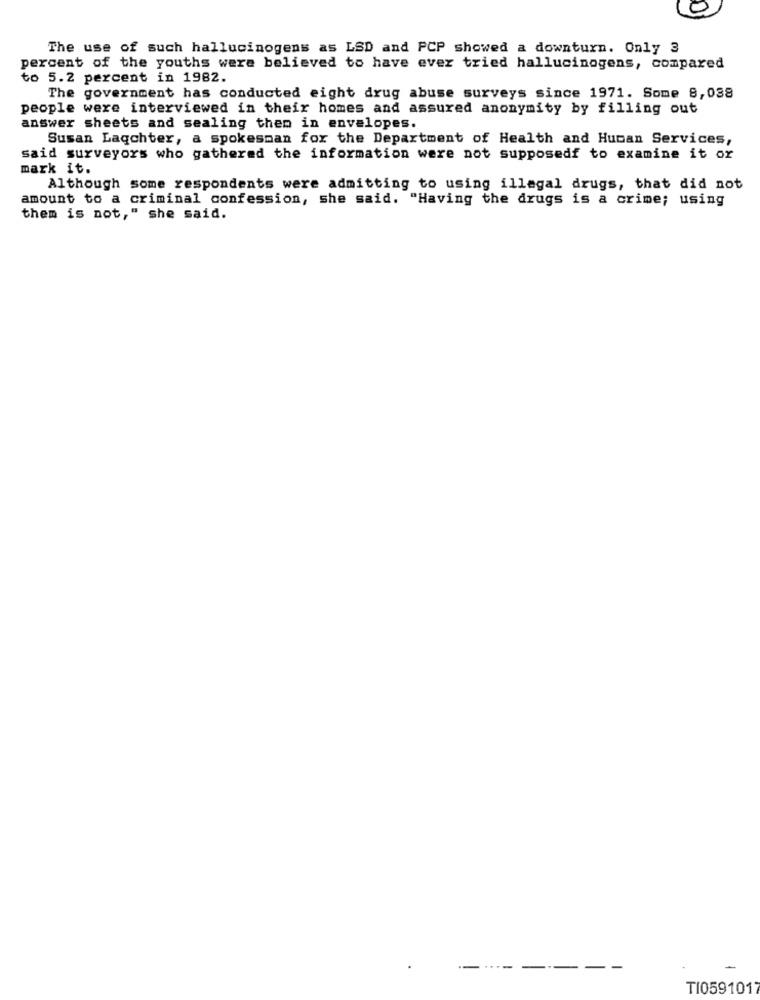
0
The use of such hallucinogens as LSD and PCP showed a downturn. Only 3
percent of the youths were believed to have ever tried hallucinogens, compared
to 5.2 percent in 1982.
The government has conducted eight drug abuse surveys since 1971. Some 8,038
people were interviewed in their homes and assured anonymity by filling out
answer sheets and sealing them in envelopes.
Susan Laqchter, a spokesman for the Department of Health and Human Services,
said surveyors who gathered the information were not supposedf to examine it or
mark it.
Although some respondents were admitting to using illegal drugs, that did not
amount to a criminal confession, she said. "Having the drugs is a crime; using
them is not," she said.
TI0591017